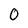
Character: 0